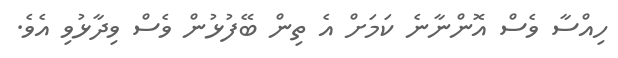
ހިއްސާ ވެސް އޮންނާނެ ކަމަށް އެ ތިން ބޭފުޅުން ވެސް ވިދާޅުވި އެވެ.